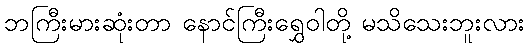
ဘကြီးမားဆုံးတာ နောင်ကြီးရွှေဝါတို့ မသိသေးဘူးလား